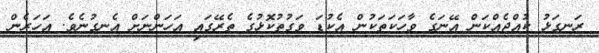
ރަނގަޅު ކުއްޖެއްކަން އޭނަގެ ވާހަކަތަކުން އެކުޑަ ވަގުތުކޮޅުގެ ތެރޭގައި އަހަންނަށް އެނގުނެވެ. އަހަރެން